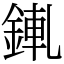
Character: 錷